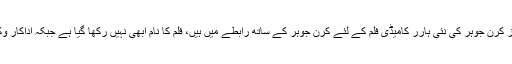
بھارتی ذرائع ابلاغ کے مطابق اداکار وکی کوشل فلم ’’راضی ‘‘ کے بعد اب فلمساز کرن جوہر کی نئی ہارر کامیڈی فلم کے لئے کرن جوہر کے ساتھ رابطے میں ہیں، فلم کا نام ابھی نہیں رکھا گیا ہے جبکہ اداکار وکی کوشل کے فلم کا حصہ بننے کے حوالے سے باقاعدہ اعلان ہونا ابھی باقی ہے۔